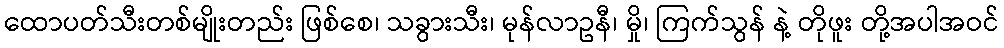
ထောပတ်သီးတစ်မျိုးတည်း ဖြစ်စေ၊ သခွားသီး၊ မုန်လာဥနီ၊ မှို၊ ကြက်သွန် နဲ့ တိုဖူး တို့အပါအဝင်